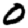
Digit: 0